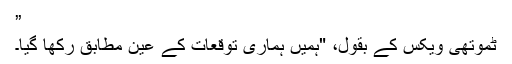
”
ٹموتھی ویکس کے بقول، "ہمیں ہماری توقعات کے عین مطابق رکھا گیا۔